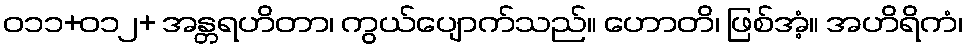
ဝ၁၁+၀၁၂+ အန္တရဟိတာ၊ ကွယ်ပျောက်သည်။ ဟောတိ၊ ဖြစ်အံ့။ အဟိရိကံ၊